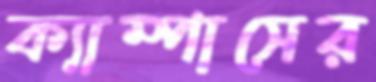
ক্যাম্পাসের